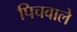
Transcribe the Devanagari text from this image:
पिचवाले